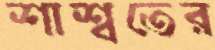
শাশ্বতের